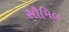
સૌમિલ